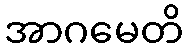
အာဂမေတိ